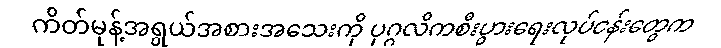
ကိတ်မုန့်အရွယ်အစားအသေးကို ပုဂ္ဂလိကစီးပွားရေးလုပ်ငန်းတွေက